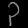
Digit: ၃